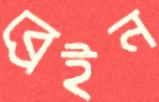
ব্রেইন